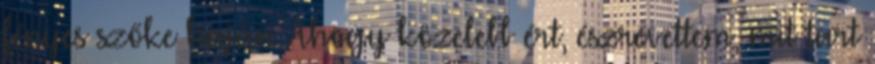
fényes szőke haján. Ahogy közelebb ért, észrevettem, mit tart